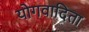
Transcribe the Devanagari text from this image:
योगवादिता